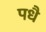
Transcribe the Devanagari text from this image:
पधै